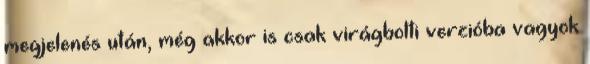
megjelenés után, még akkor is csak virágbolti verzióba vagyok